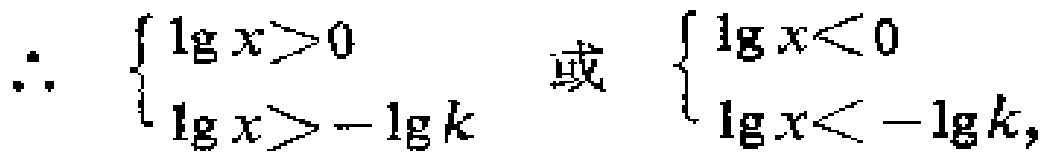
\(\therefore \begin{cases}
\lg x>0 \\
\lg x>-\lg k
\end{cases}\) 或 \(\begin{cases}
\lg x<0 \\
\lg x<-\lg k,
\end{cases}\)